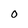
Character: 0